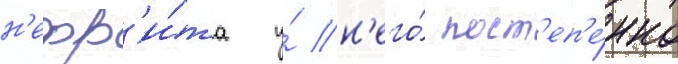
н'ефр'и́та у́ н'его́ пост'еп'е́нно